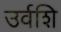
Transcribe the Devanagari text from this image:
उर्वशि